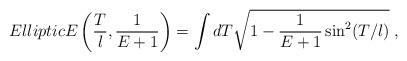
LaTeX: \begin{align*}EllipticE\left(\frac{T}{l},\frac{1}{E+1}\right)=\int dT \sqrt{1-\frac{1}{E+1}\sin^2(T/l)}\;,\end{align*}